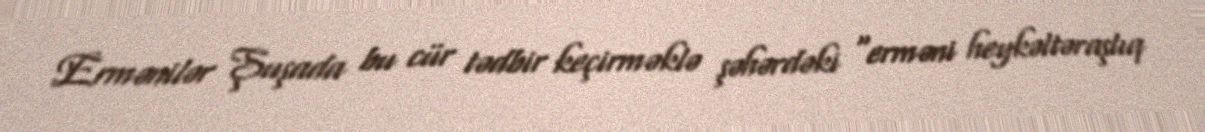
Ermənilər Şuşada bu cür tədbir keçirməklə şəhərdəki “erməni heykəltəraşlıq